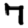
Digit: 7